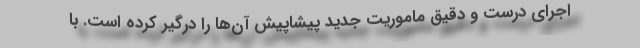
اجرای درست و دقیق ماموریت جدید پیشاپیش آن‌ها را درگیر کرده است. با